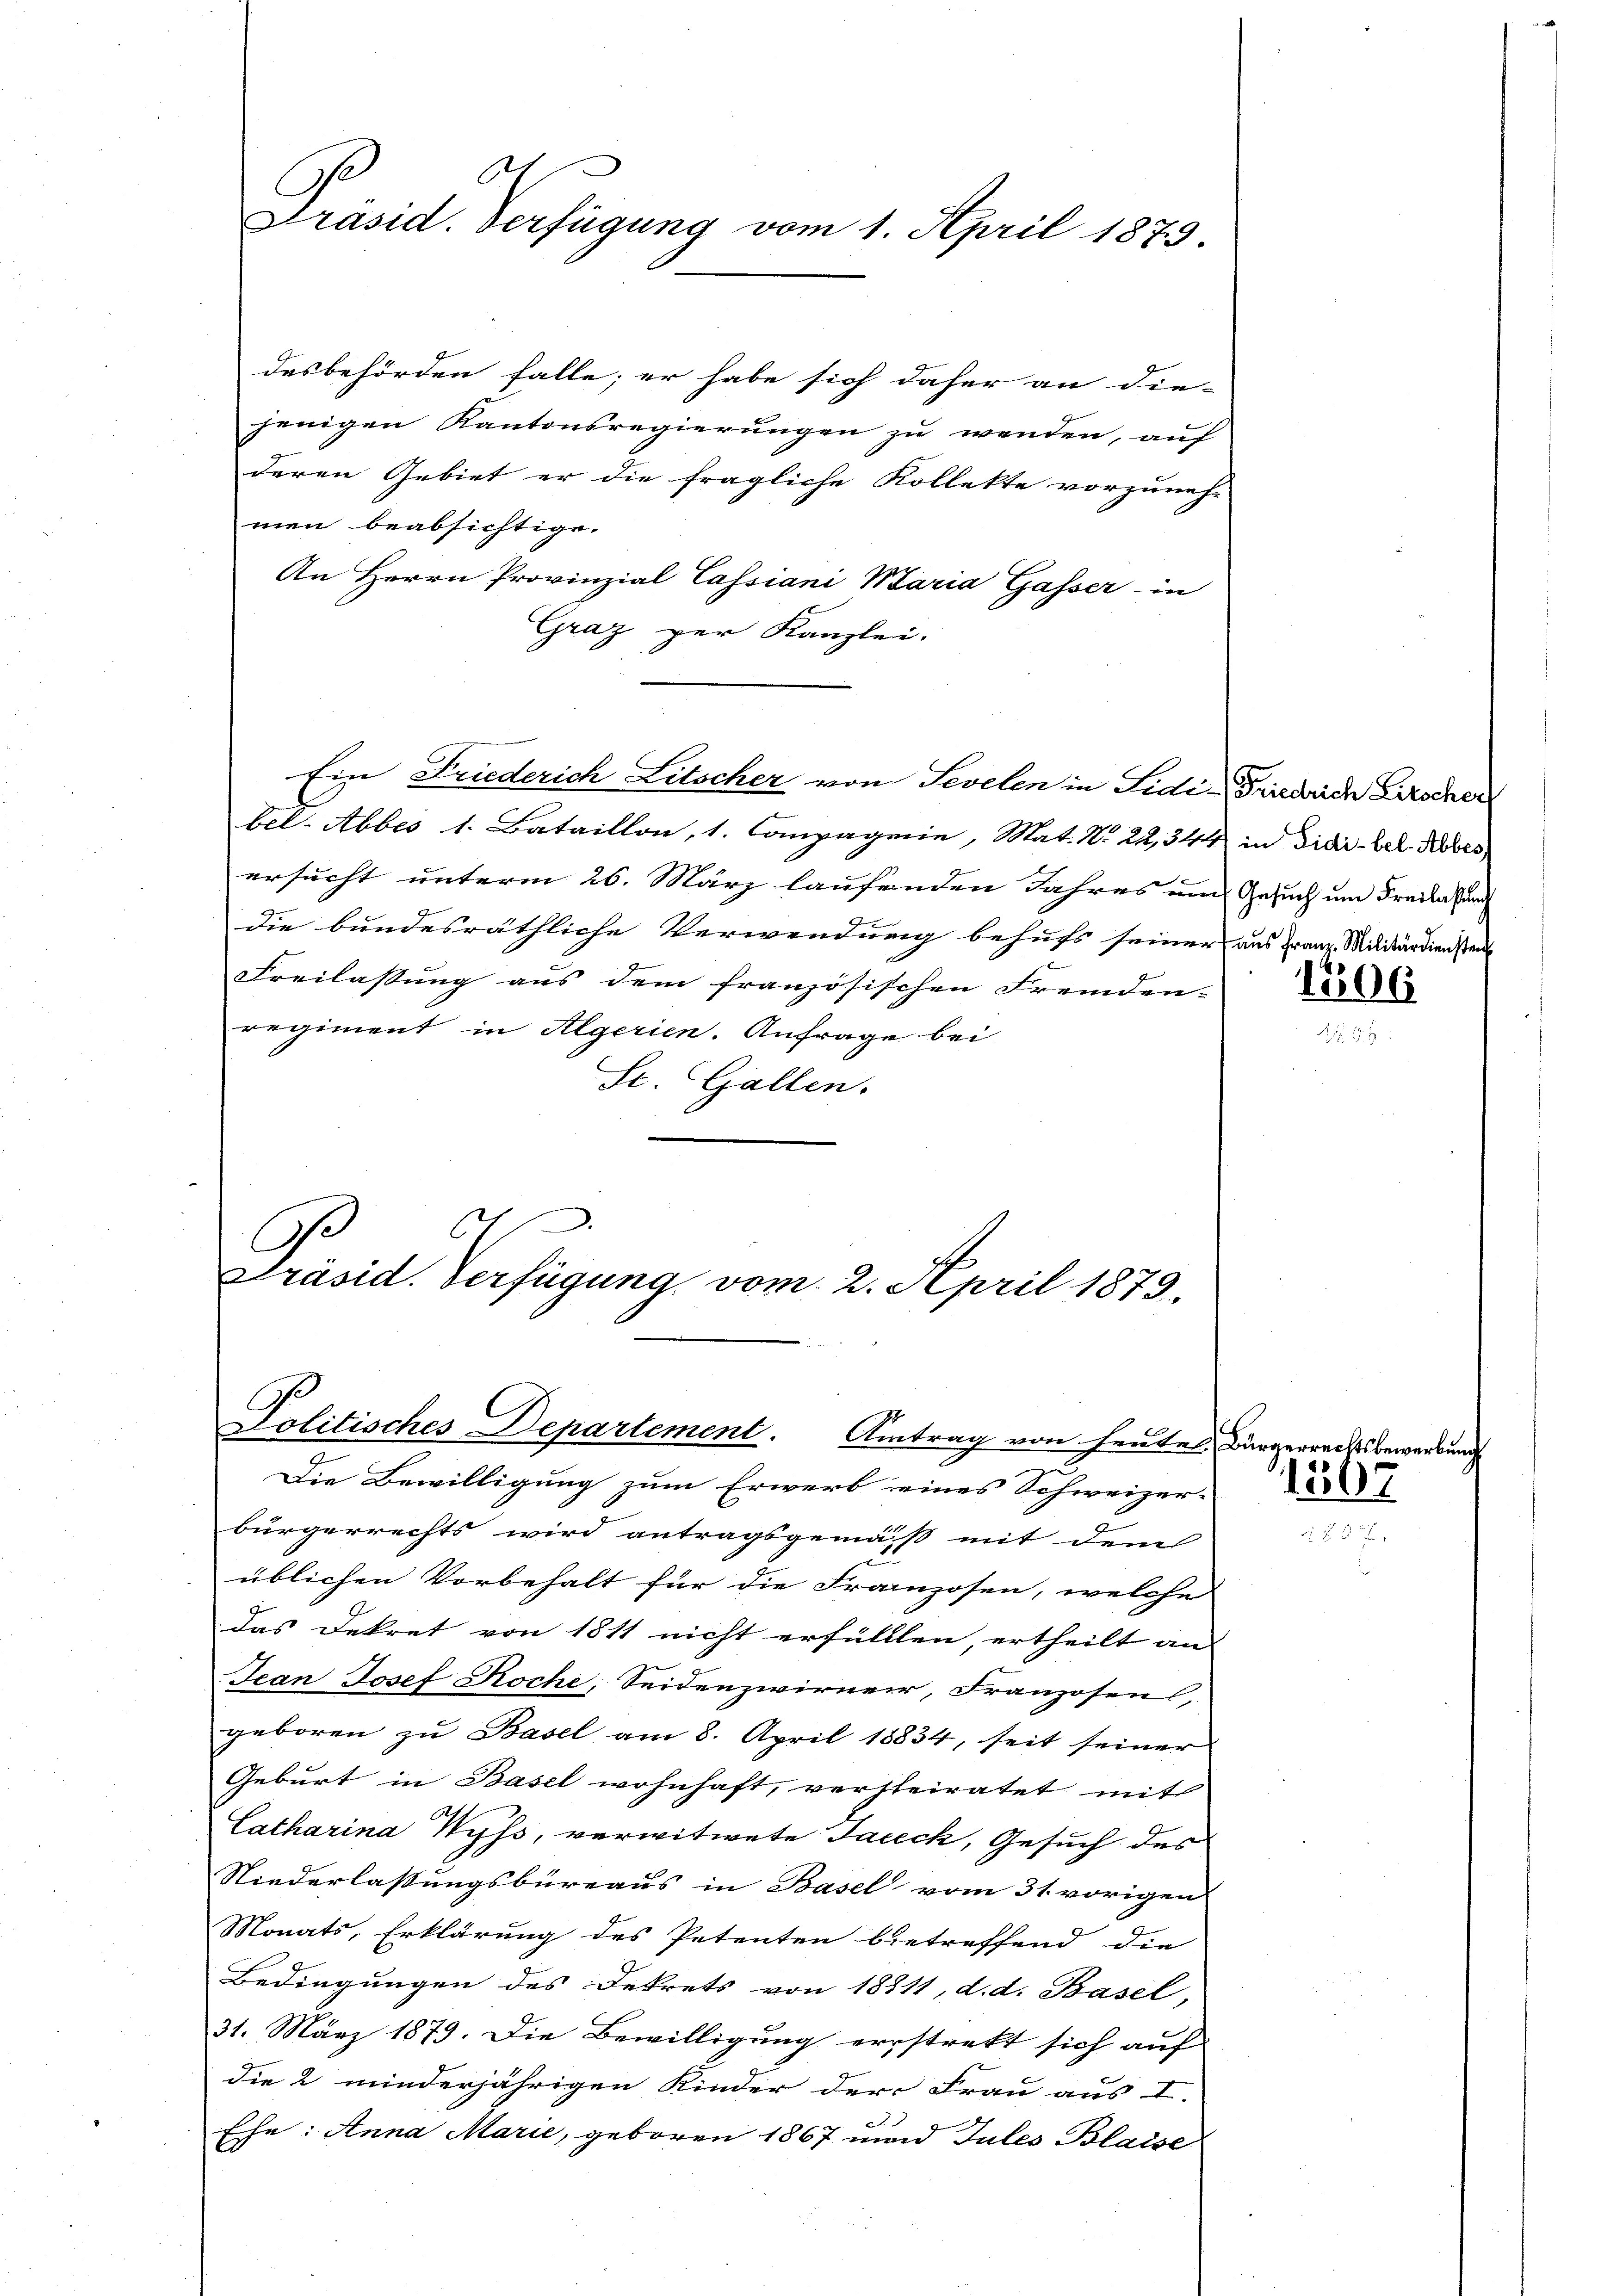
6.
Präsid. Verfügung vom 1. April 1873.

desbehörden falle; er habe sich daher an die-
jenigen Kantonsregierungen zu wenden, auf
deren Gebiet er die fragliche Kollekte vorzuneh-
men beabsichtige.
An Herrn Provinzial Tassiani Maria Gasser in
Graz per Kanzlei.
bel. Abbes 1. Bataillon, 1. Compagnie, Mat. N. 22,344 in Fidei- der Todes
ersucht unterm 26. März laufenden Jahres um Gesuch um Freilassung
die bundesräthliche Verwendung behufs seiner aus Franz Militärdiensteil
Freilassung aus dem französischen Fremden-
regiment in Algerien. Anfrage bei.
St. Gallen.
e
C
O
Präsid. Verfügung vom 2. April 1873.

Ein Friederich Litscher von Sevelen in Side Friedrich Lirscher

C
Politisches Departement. Antrag von heutet.

Die Bewilligung zum Erwerb eines Schweizer-
bürgerrechts wird antragsgemäß mit dem
üblichen Vorbehalt für die Franzosen, welche
das Dekret von 1811 nicht erfüllten, ertheilt an
Jean Josef Roche, Seidenzwirner, Franzosens,
geboren zŭ Basel am 8. April 18834, seit seiner
Geburt in Basel wohnhaft, versteiratet mit
Catharina Wyss, verwitwete Jaceck, Gesuch des
Niederlassungsbüreaus in Basel vom 31. vorigen
Monats, Erklärung des Petenten betreffend die
Bedingungen des Dekrets von 18811, d. d. Basel,
31. März 1879. Die Bewilligung erstrekt sich auf
die 2 minderjährigen Kinder der Frau aus I.
Ehe: Anna Marie, geboren 1867 und Jules Blaise

1306

Bürgerrechtsber
1307